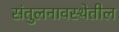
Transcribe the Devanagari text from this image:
संतुलनावस्थेतील